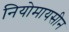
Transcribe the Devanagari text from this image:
नियोमायसीन